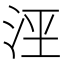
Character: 𰛟